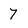
Character: 7